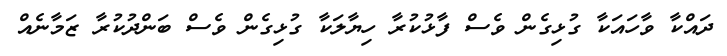
ދައްކާ ވާހައަކާ ގުޅިގެން ވެސް ފާޅުކުރާ ހިޔާލަކާ ގުޅިގެން ވެސް ބަންދުކުރާ ޒަމާނެއް